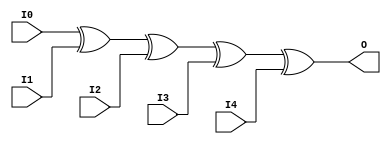

/*

FUNCTION	: 5-INPUT XOR GATE

*/

`timescale  100 ps / 10 ps

`celldefine

module XOR5 (O, I0, I1, I2, I3, I4);


    output O;

    input  I0, I1, I2, I3, I4;

	xor X1 (O, I0, I1, I2, I3, I4);

    specify
	(I0 *> O) = (0, 0);
	(I1 *> O) = (0, 0);
	(I2 *> O) = (0, 0);
	(I3 *> O) = (0, 0);
	(I4 *> O) = (0, 0);
    endspecify

endmodule

`endcelldefine